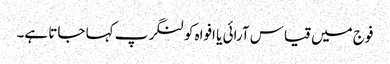
فوج میں قیاس آرائی یا افواہ کو لنگر پ کہا جاتا ہے۔